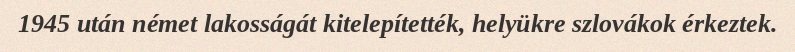
1945 után német lakosságát kitelepítették, helyükre szlovákok érkeztek.